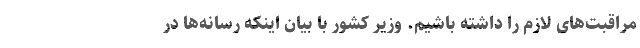
مراقبت‌های لازم را داشته باشیم. وزیر کشور با بیان اینکه رسانه‌ها در